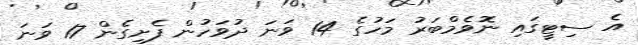
އެ ސިޓީގައި ނޮވެމްބަރު މަހުގެ 14 ވަނަ ދުވަހުން ފެށިގެން 17 ވަނަ